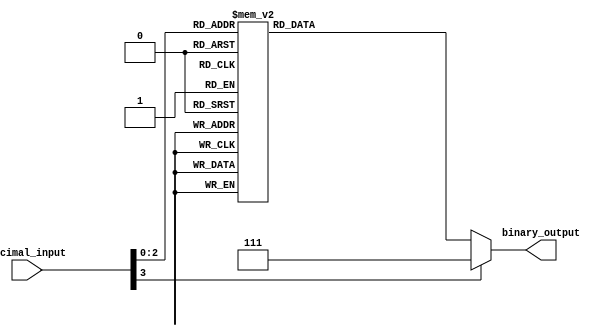
module priority_encoder (
    input [3:0] decimal_input,
    output reg [2:0] binary_output
);

always @(*)
begin
    case(decimal_input)
        0: binary_output = 3'b000;
        1: binary_output = 3'b001;
        2: binary_output = 3'b010;
        3: binary_output = 3'b011;
        4: binary_output = 3'b100;
        5: binary_output = 3'b101;
        6: binary_output = 3'b110;
        7: binary_output = 3'b111;
        default: binary_output = 3'b111; // default to highest priority
    endcase
end

endmodule